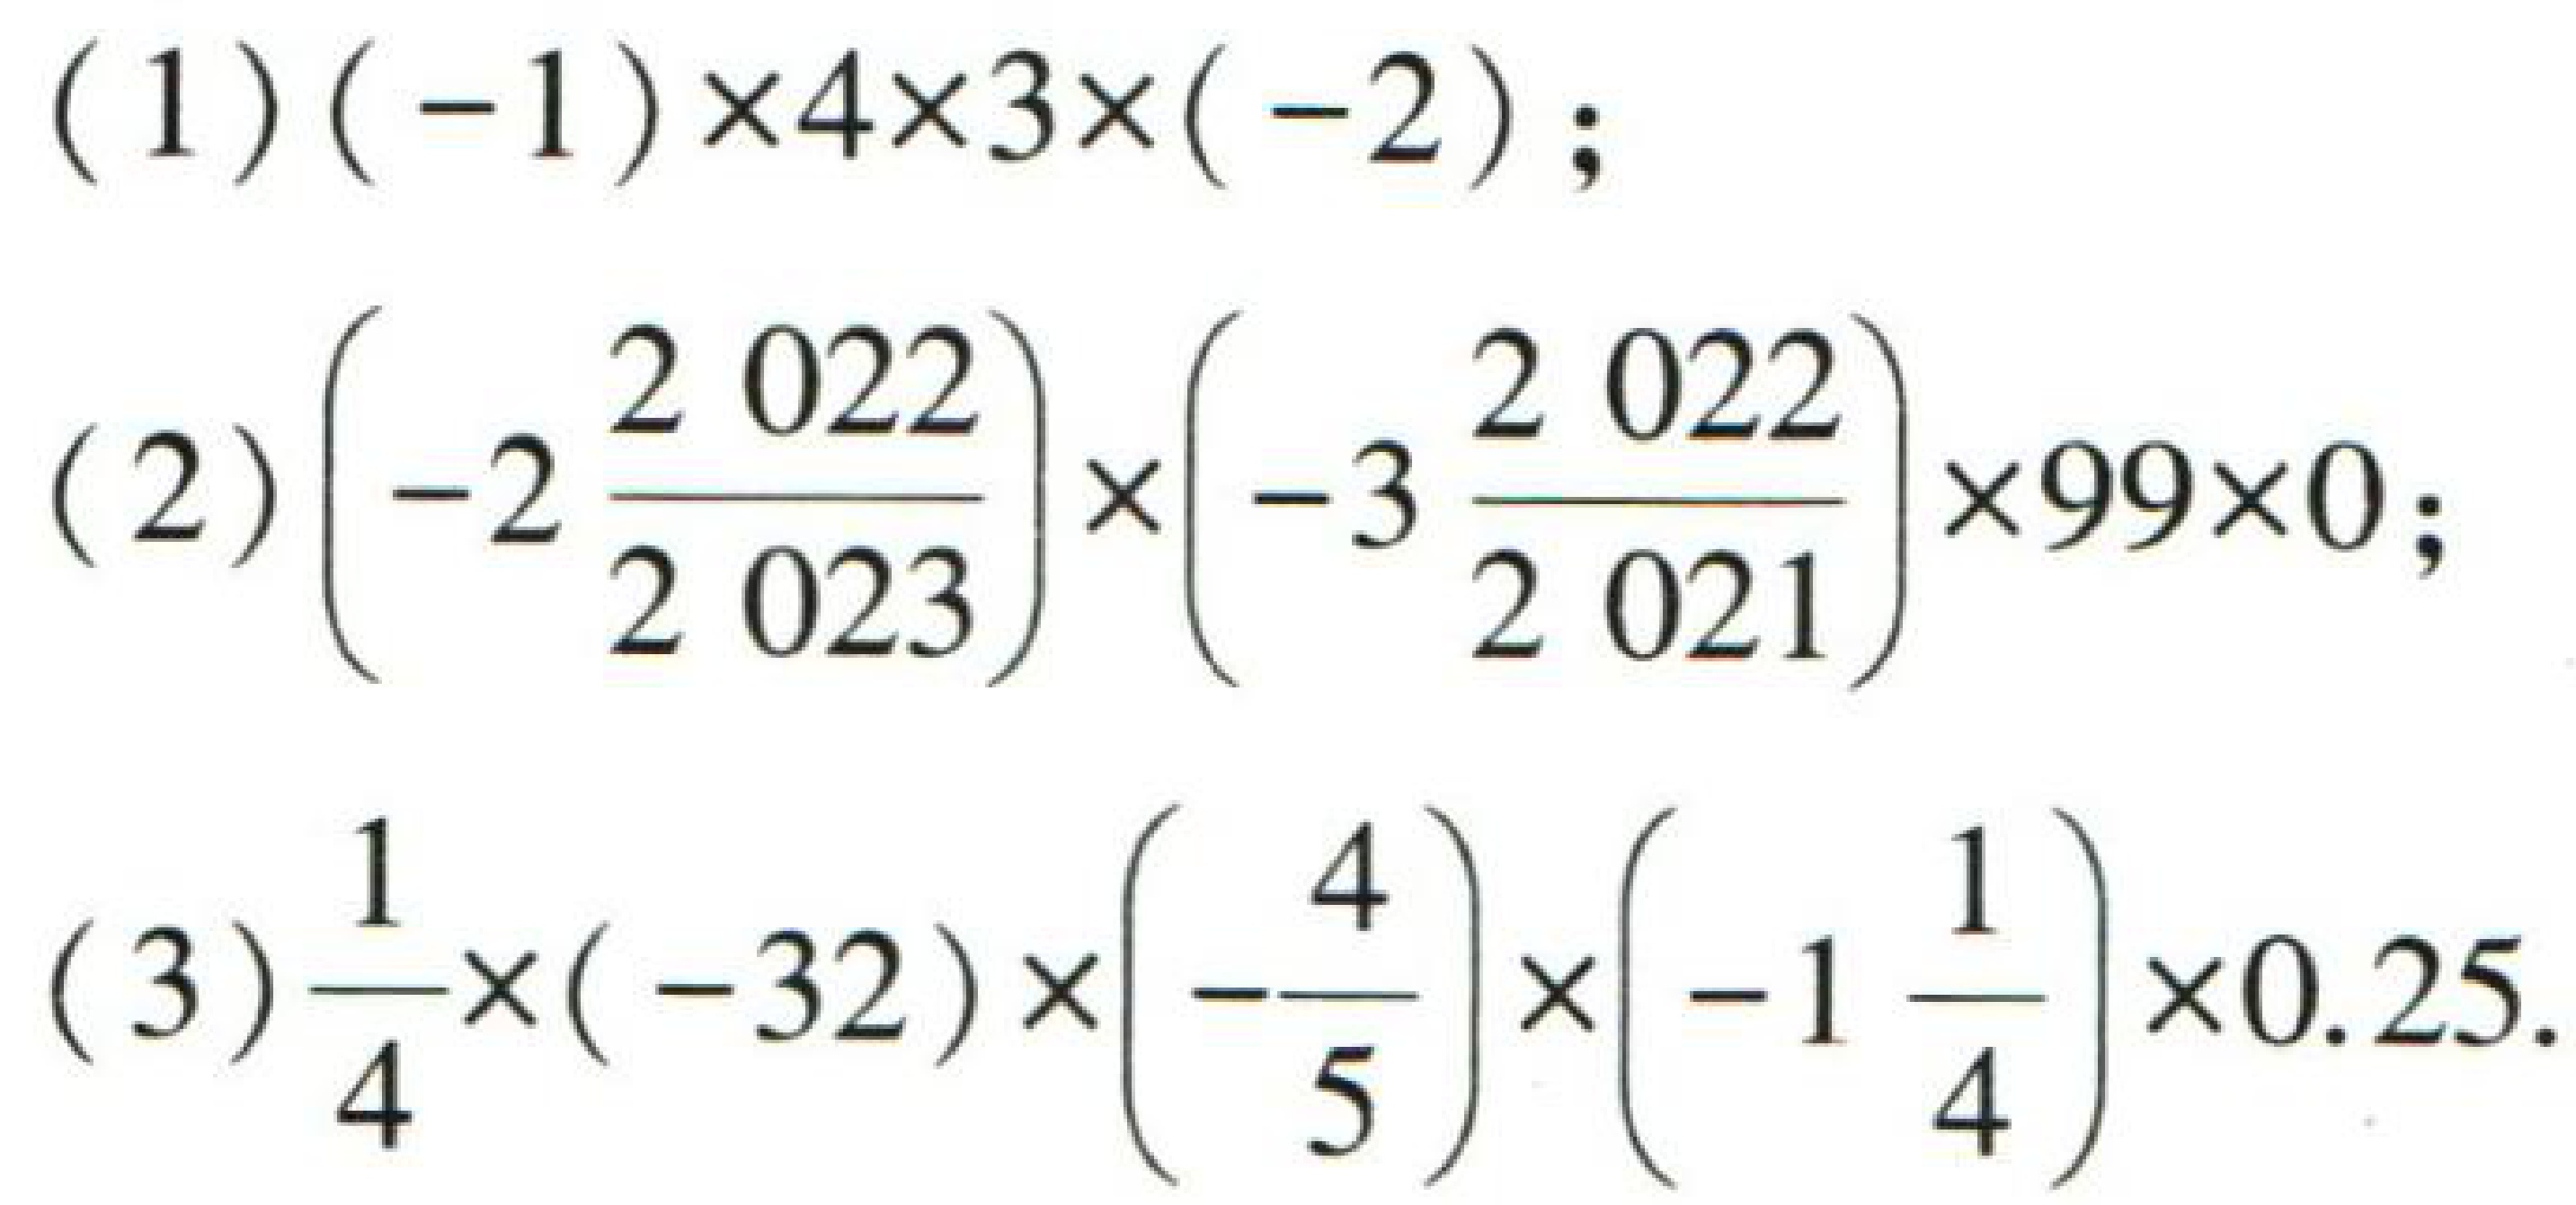
(1) \((-1)\times4\times3\times(-2)\);
(2) \(\left(-2\frac{2022}{2023}\right)\times\left(-3\frac{2022}{2021}\right)\times99\times0\);
(3) \(\frac{1}{4}\times(-32)\times\left(-\frac{4}{5}\right)\times\left(-1\frac{1}{4}\right)\times0.25\)